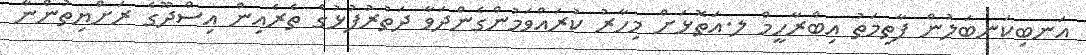
އަނބިކަނބަލުން ފާތިމަތު އިބްރާހީމް ލ.އަތޮޅަށް މިހާރު ކުރައްވަމުންގެންދަވާ ދަތުރުފުޅުގެ ތެރެއިން އިސްދޫގެ ރަށްޔިތުންނާ